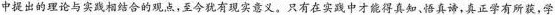
中提出的理论与实践相结合的观点，至今犹有现实意义。只有在实践中才能得真知、悟真谛，真正学有所获，学